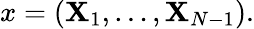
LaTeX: x=({\mathbf{X}}_{1},\ldots,{\mathbf{X}}_{N-1}).